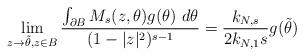
LaTeX: \begin{align*} \lim_{z\to\tilde \theta,z\in B}\frac{\int_{\partial B} M_s(z,\theta)g(\theta)\ d\theta}{(1-|z|^2)^{s-1}}={\frac{k_{N,s}}{2k_{N,1}{s}} }g(\tilde\theta) \end{align*}